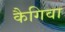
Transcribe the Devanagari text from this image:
कैगिवा